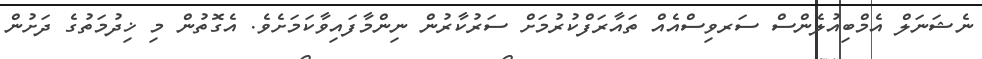
ނެޝަނަލް އެމްބިއުލެންސް ސަރވިސްއެއް ތައާރަފްކުރުމަށް ސަރުކާރުން ނިންމާފައިވާކަމަށެވެ. އެގޮތުން މި ޚިދުމަތުގެ ދަށުން